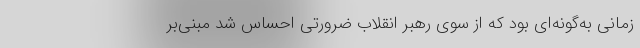
زمانی به‌گونه‌ای بود که از سوی رهبر انقلاب ضرورتی احساس شد مبنی‌بر